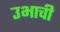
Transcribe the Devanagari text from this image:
उभाची